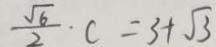
\frac { \sqrt { 6 } } { 2 } \cdot c = 3 + \sqrt { 3 }